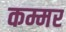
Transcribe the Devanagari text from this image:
कम्मर